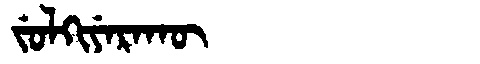
Manchu: ᠵᡠᠯᡴᡳᠶᡝᡵᠠᡴᡡ
Romanization: JULKIYERAKŪ